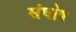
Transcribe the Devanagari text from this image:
संघोष